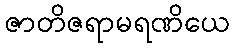
ဇာတိဇရာမရဏိယေ